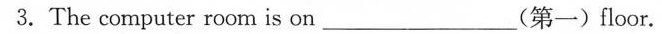
3.The computer room is on___(第一)floor.